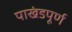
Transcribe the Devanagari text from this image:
पाखंडपूर्ण